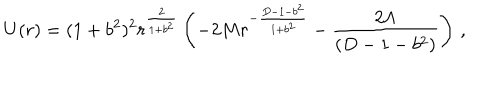
U ( r ) = ( 1 + b ^ { 2 } ) ^ { 2 } r ^ { \frac { 2 } { 1 + b ^ { 2 } } } \left( - 2 M r ^ { - { \frac { D - 1 - b ^ { 2 } } { 1 + b ^ { 2 } } } } - { \frac { 2 \Lambda } { ( D - 1 - b ^ { 2 } ) } } \right) \, ,